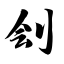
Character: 刽